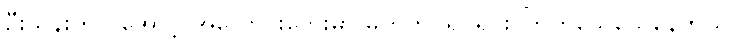
ဦးသိန်းက ငအောင့် အလောင်းဘေးမှာ မတ်တပ်ရပ်ရင်း ကြက်သေသေနေတယ်။